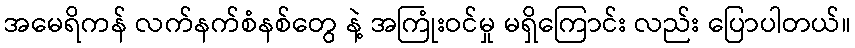
အမေရိကန် လက်နက်စံနစ်တွေ နဲ့ အကြုံးဝင်မှု မရှိကြောင်း လည်း ပြောပါတယ်။